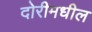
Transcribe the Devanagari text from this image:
दोरीमधील